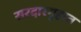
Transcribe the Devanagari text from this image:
सरदारगृहात